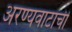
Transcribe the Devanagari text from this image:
अरण्यवाटांची